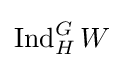
\operatorname {Ind} _{H}^{G}W